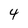
Character: 4